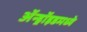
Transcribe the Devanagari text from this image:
ॲन्ड्रॉइडमध्ये